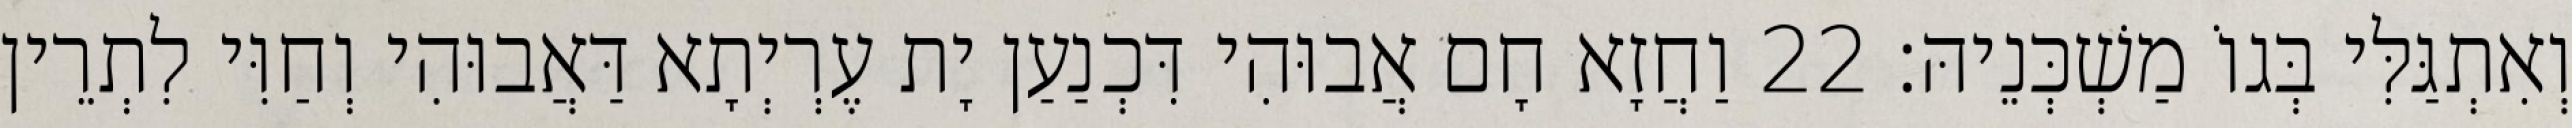
וְאִתְגַּלִּי בְּגוֹ מַשְׁכְּנֵיהּ׃ 22 וַחֲזָא חָם אֲבוּהִי דִּכְנַעַן יָת עֶרְיְתָא דַּאֲבוּהִי וְחַוִּי לִתְרֵין